Civil Veterinary Dept. North-West Frontier Province 1933-46 - 1933-1946
Year: 1933
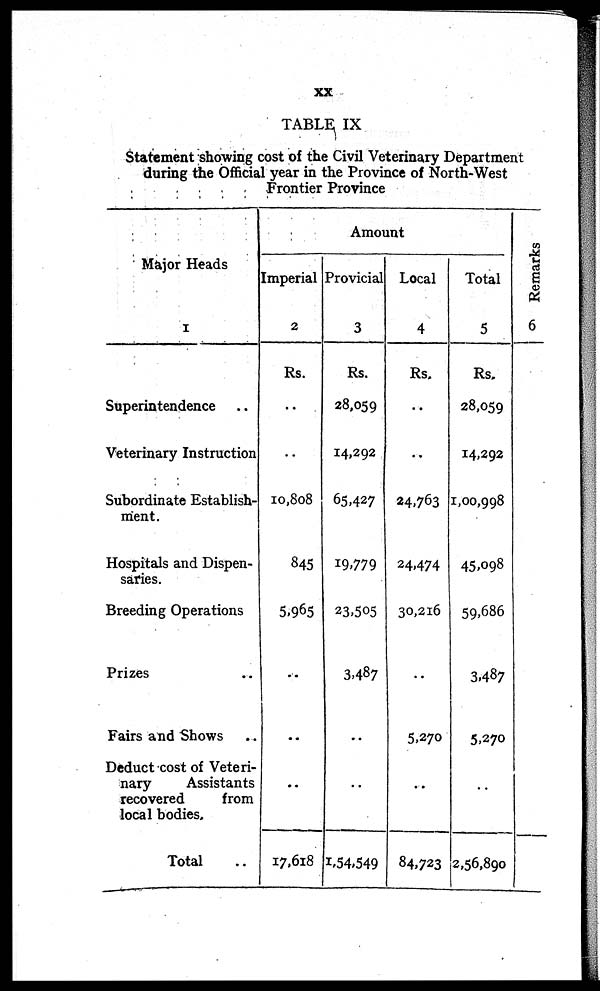
xx
TABLE IX
Statement showing cost of the Civil Veterinary Department
during the Official year in the Province of North-West
Frontier Province
Major Heads
1
Superintendence ..
Veterinary Instruction
Subordinate Establish-
ment.
Hospitals and Dispen-
saries.
Breeding Operations
Prizes
Fairs and Shows ..
Deduct cost of Veteri-
nary
Assistants
recovered
from
local bodies.
Total ..
Imperial
2
Rs.
..
..
10,808
845
5,965
..
..
..
17,618
Amount
Provicial
3
Rs.
28,059
14,292
65,427
19,779
23,505
3,487
..
..
1,54,549
Local
4
Rs.
..
..
24,763
24,474
30,216
..
5,270
..
84,723
Total
5
Rs.
28,059
14,292
1,00,998
45,098
59,686
3,487
5,270
..
2,56,890
Remarks
6